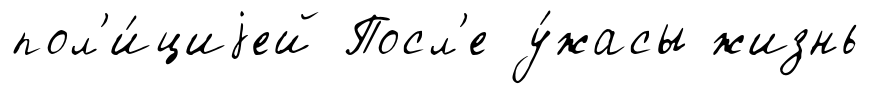
пол'и́циjей Посл'е у́жасы жизнь